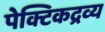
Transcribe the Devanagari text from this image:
पेक्टिकद्रव्य